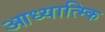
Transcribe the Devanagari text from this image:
आध्यात्म्कि